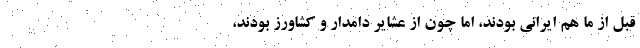
قبل از ما هم ایرانی بودند، اما چون از عشایرِ دامدار و کشاورز بودند،